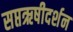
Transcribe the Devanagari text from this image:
सप्तऋषीदर्शन